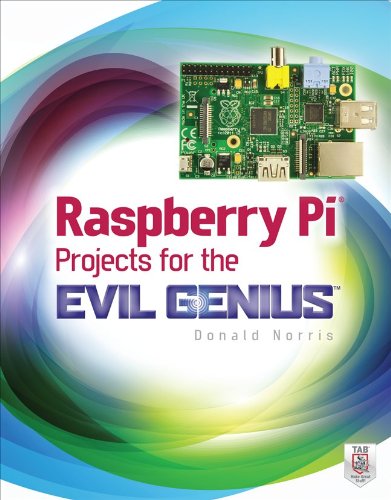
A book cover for Raspberry Pi Projects for the Evil Genius; Donald Norris; Engineering & Transportation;